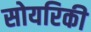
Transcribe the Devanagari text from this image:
सोयरिकी